Document type: Fief grant
Year: 1411
Scribe: Arnau de Lledó
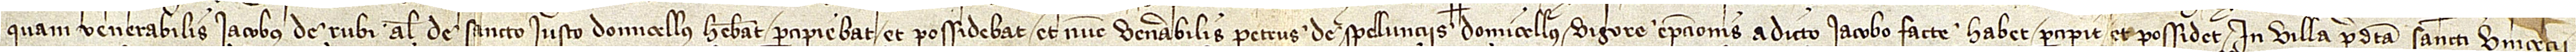
quam venerabilis Iacobus de Rubi, alias de Sancto Iusto, domicellus, habebat, percipiebat et possidebat, et nunc venerabilis Petrus de Spellunciis, domicellus, vigore empcionis a dicto Iacobo facte habet percipit et possidet in villa predicta Sancti Vincencii